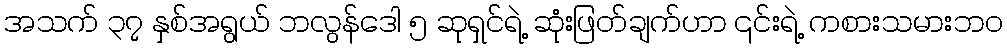
အသက် ၃၇ နှစ်အရွယ် ဘလွန်ဒေါ ၅ ဆုရှင်ရဲ့ ဆုံးဖြတ်ချက်ဟာ ၎င်းရဲ့ ကစားသမားဘဝ